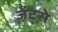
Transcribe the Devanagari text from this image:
जेंट्से